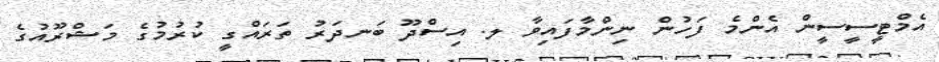
އެމްޓީސީސީން އެންމެ ފަހުން ނިންމާފައިވާ ލ. އިސްދޫ ބަނދަރު ތަރައްގީ ކުރުމުގެ މަޝްރޫއުގެ